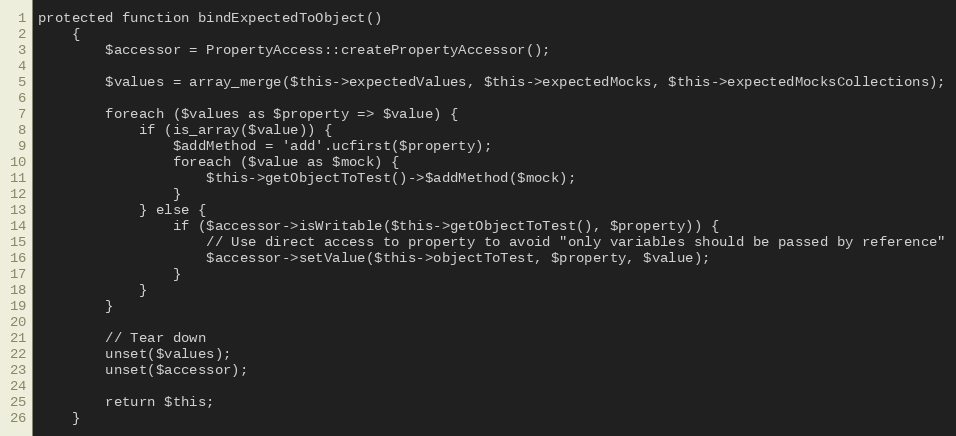
Language: PHP
protected function bindExpectedToObject()
    {
        $accessor = PropertyAccess::createPropertyAccessor();

        $values = array_merge($this->expectedValues, $this->expectedMocks, $this->expectedMocksCollections);

        foreach ($values as $property => $value) {
            if (is_array($value)) {
                $addMethod = 'add'.ucfirst($property);
                foreach ($value as $mock) {
                    $this->getObjectToTest()->$addMethod($mock);
                }
            } else {
                if ($accessor->isWritable($this->getObjectToTest(), $property)) {
                    // Use direct access to property to avoid "only variables should be passed by reference"
                    $accessor->setValue($this->objectToTest, $property, $value);
                }
            }
        }

        // Tear down
        unset($values);
        unset($accessor);

        return $this;
    }